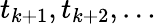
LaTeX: t_{k+1},t_{k+2},\ldots